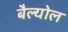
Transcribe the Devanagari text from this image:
बैल्योल